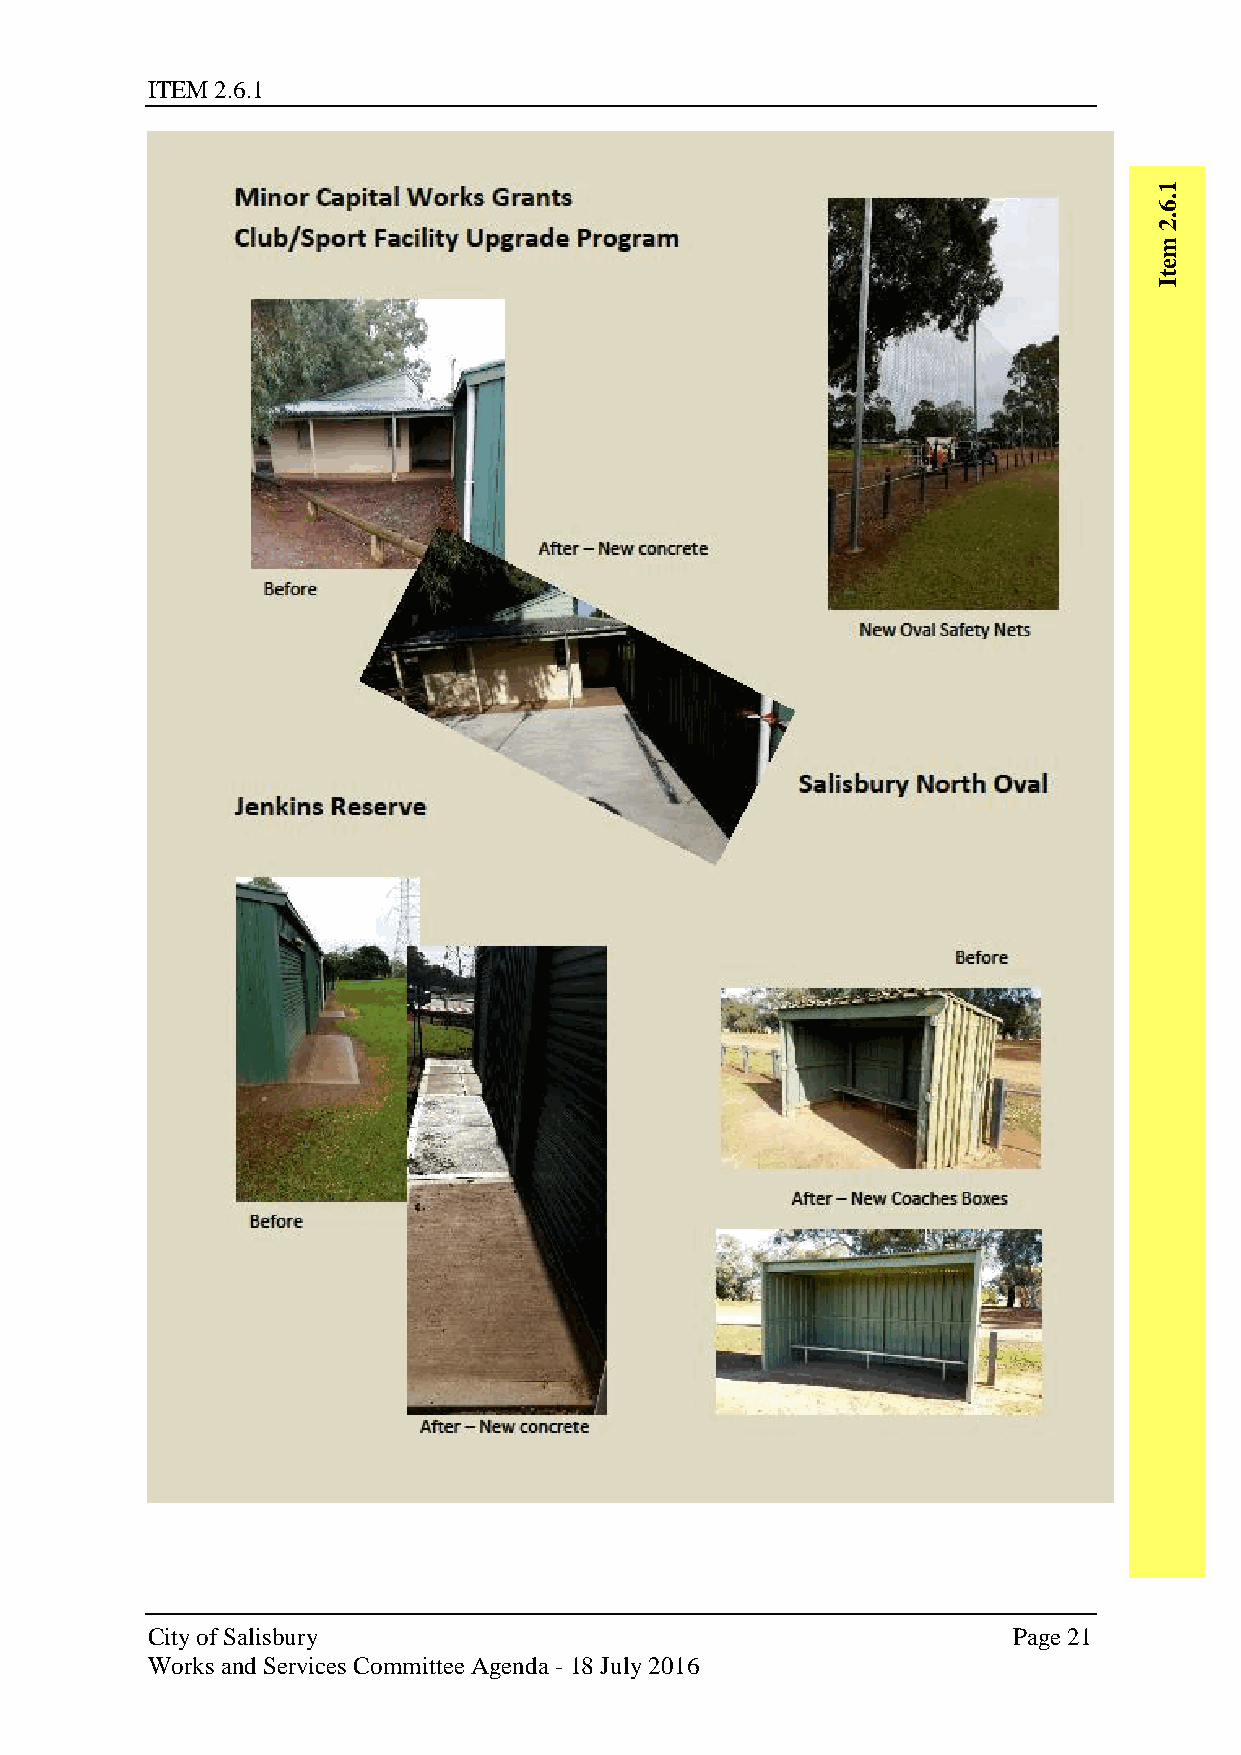
ITEM 2.6.1
 1
 .6
 .2
 m
 e
 t
 I
 City of Salisbury                                        Page 21
 Works and Services Committee Agenda - 18 July 2016